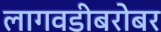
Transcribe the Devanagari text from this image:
लागवडीबरोबर